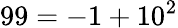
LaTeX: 99=-1+10^{2}